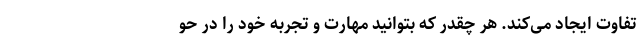
تفاوت ایجاد می‌کند. هر چقدر که بتوانید مهارت و تجربه خود را در حو